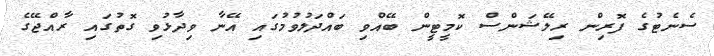
ސެނެޓުގެ ފޮރިން ރިލޭޝަންސް ކޮމީޓީން ބޭއްވި ބައްދަލުވުމުގައި އޭނާ ވިދާޅުވި ގޮތުގައި ރާއްޖޭގެ